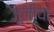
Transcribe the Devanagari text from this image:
जूलीया